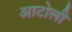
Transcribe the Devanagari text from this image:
आटोली